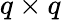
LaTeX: q\times q